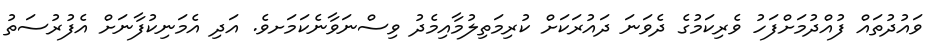
ވައުދުތައް ފުއްދުމަށްފަހު ވެރިކަމުގެ ދެވަނަ ދައުރަކަށް ކުރިމަތިލުމާއިމެދު ވިސްނަވާނެކަމަށވެެ. އަދި އެމަނިކުފާނަށް އެފުރުސަތު